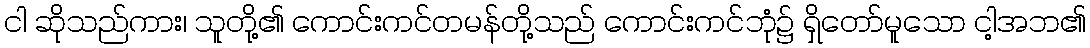
ငါ ဆိုသည်ကား၊ သူတို့၏ ကောင်းကင်တမန်တို့သည် ကောင်းကင်ဘုံ၌ ရှိတော်မူသော ငါ့အဘ၏